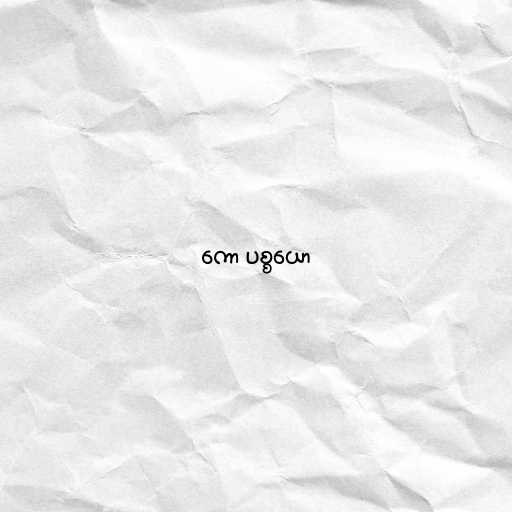
ကော ပစ္စယော